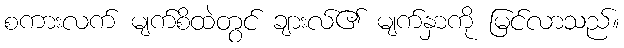
စကားလက် မျက်စိထဲတွင် ချားလ်၏ မျက်နှာကို မြင်လာသည်။